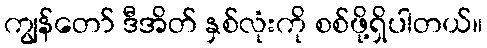
ကျွန်တော် ဒီအိတ် နှစ်လုံးကို စစ်ဖို့ရှိပါတယ်။